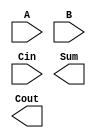
module CLA8(A, B, Cin, Sum, Cout);

	input  [7:0] A;
	input  [7:0] B;
	input 	     Cin;
	output [7:0] Sum;
	output       Cout;

	// put your design here
	
endmodule